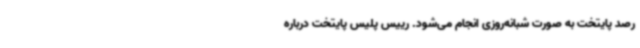
رصد پایتخت به صورت شبانه‌روزی انجام می‌شود. رییس پلیس پایتخت درباره